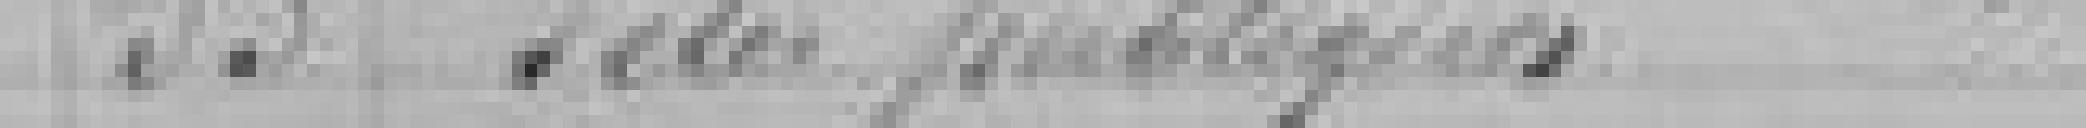
53. Fêtes publiques